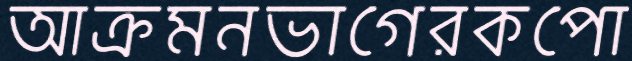
আক্রমনভাগেরকপো